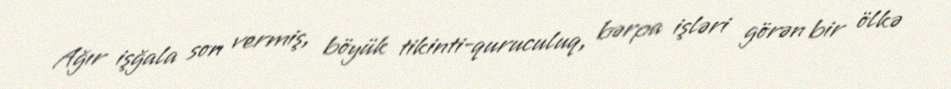
Ağır işğala son vermiş, böyük tikinti-quruculuq, bərpa işləri görən bir ölkə